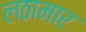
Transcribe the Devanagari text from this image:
लठामार